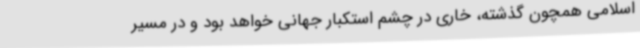
اسلامی همچون گذشته، خاری در چشم استکبار جهانی خواهد بود و در مسیر